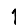
Digit: 1